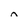
Character: n